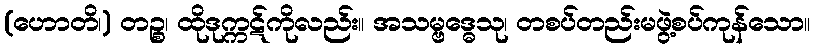
(ဟောတိ၊) တဉ္စ၊ ထိုဒုက္ကဋ်ကိုလည်း။ အသမ္ဗဒ္ဓေသု၊ တစပ်တည်းမဖွဲ့စပ်ကုန်သော။